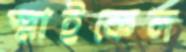
স্মাইকেল